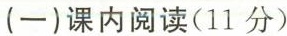
（一）课内阅读（11分）